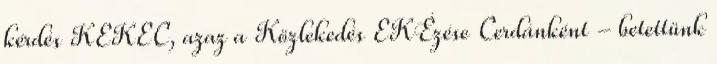
kérdés KEKEC, azaz a Közlekedés EKÉzése Cerdánként - betettünk